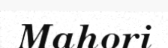
Mahori